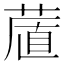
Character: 𦷔